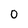
Character: 0